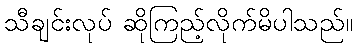
သီချင်းလုပ် ဆိုကြည့်လိုက်မိပါသည်။